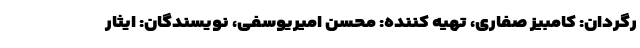
رگردان: کامبیز صفاری، تهیه کننده: محسن امیریوسفی، نویسندگان: ایثار